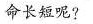
命长短呢?